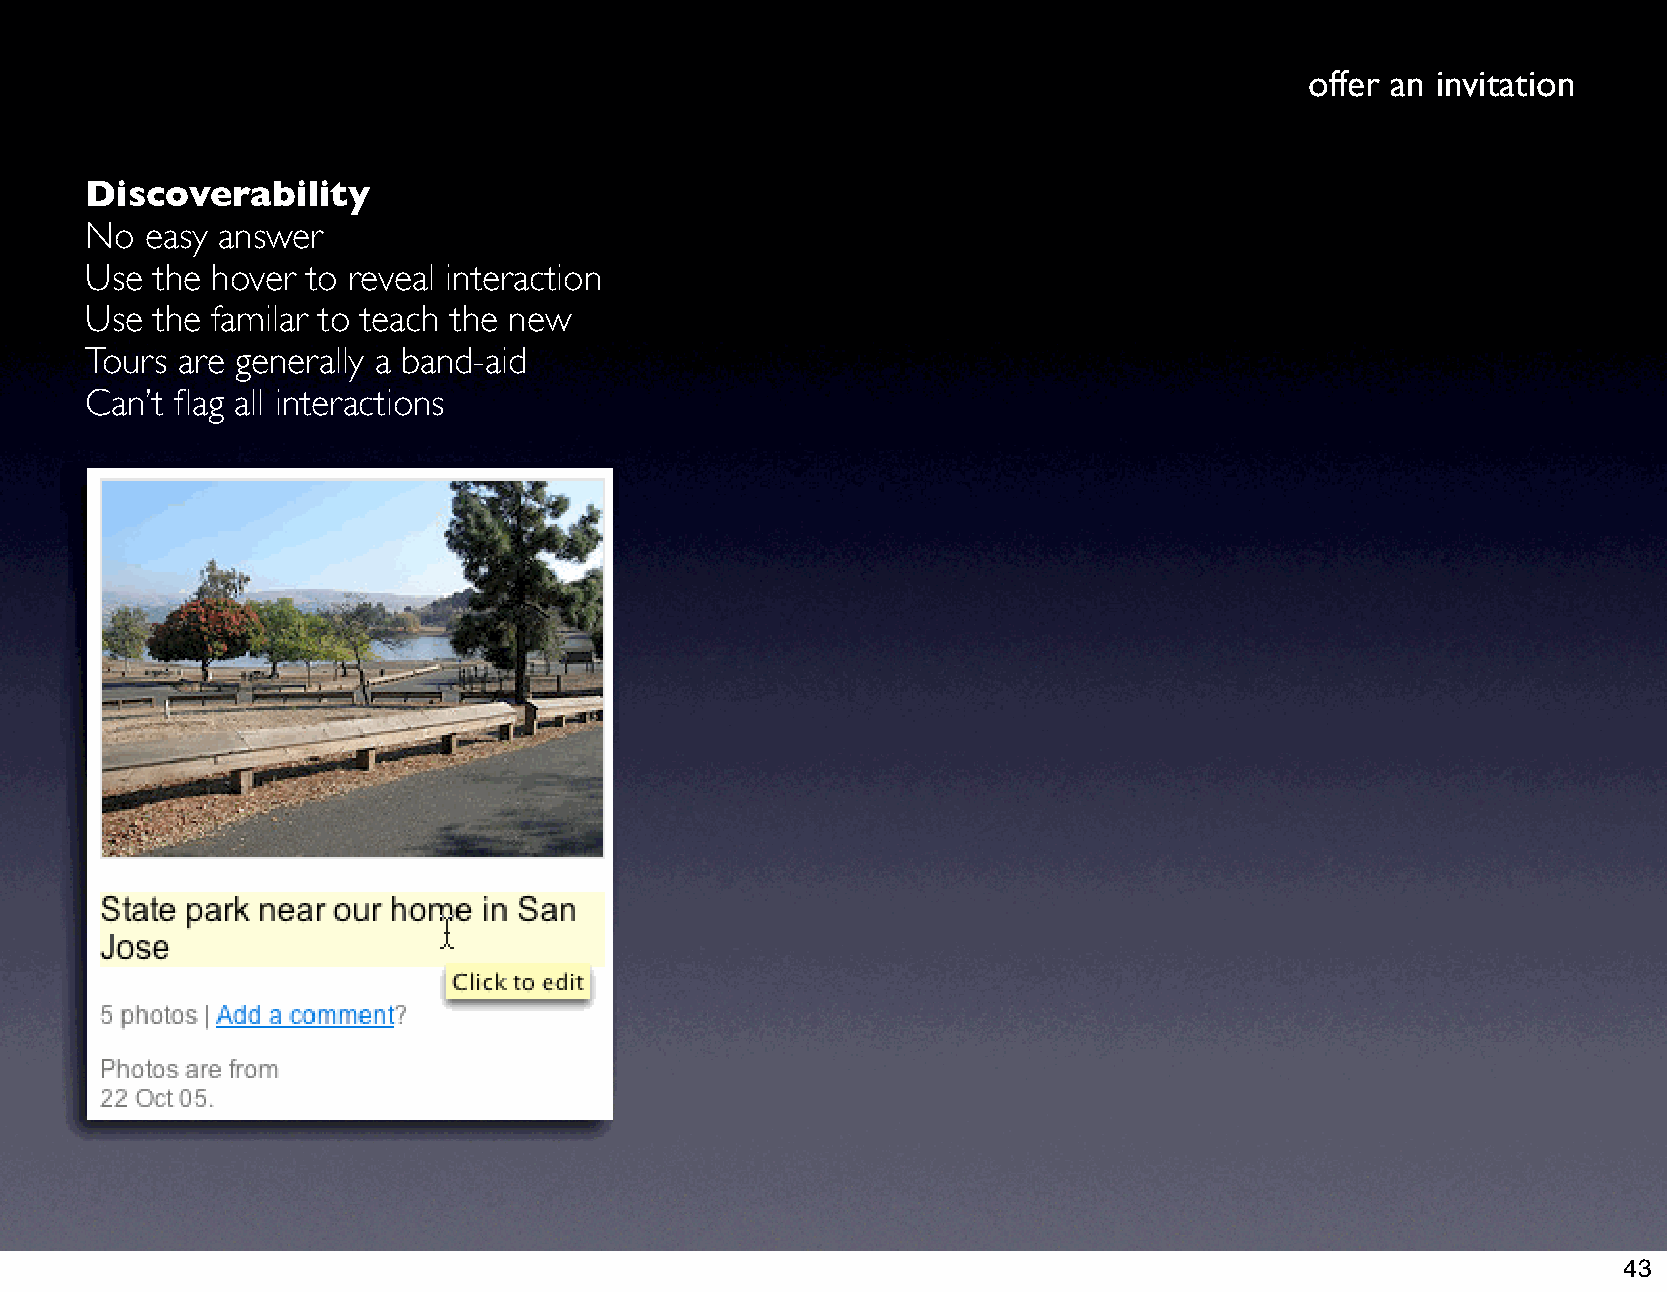
offer an invitation
 Discoverability
 No  easy answer
 Use the hover to reveal interaction
 Use the familar to teach the new
 Tours are generally a band-aid
 Can’t flag all interactions
 43